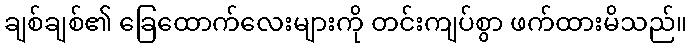
ချစ်ချစ်၏ ခြေထောက်လေးများကို တင်းကျပ်စွာ ဖက်ထားမိသည်။